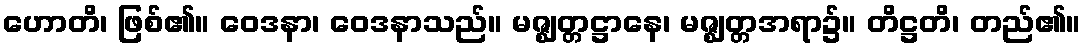
ဟောတိ၊ ဖြစ်၏။ ဝေဒနာ၊ ဝေဒနာသည်။ မဇ္ဈတ္တဋ္ဌာနေ၊ မဇ္ဈတ္တအရာ၌။ တိဋ္ဌတိ၊ တည်၏။